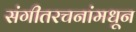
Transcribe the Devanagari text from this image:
संगीतरचनांमधून